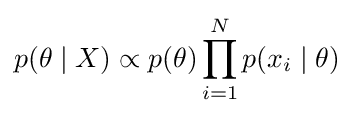
p(\theta \mid X)\propto p(\theta )\prod _{i=1}^{N}p(x_{i}\mid \theta )